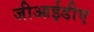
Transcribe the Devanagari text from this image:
जीआईडीए